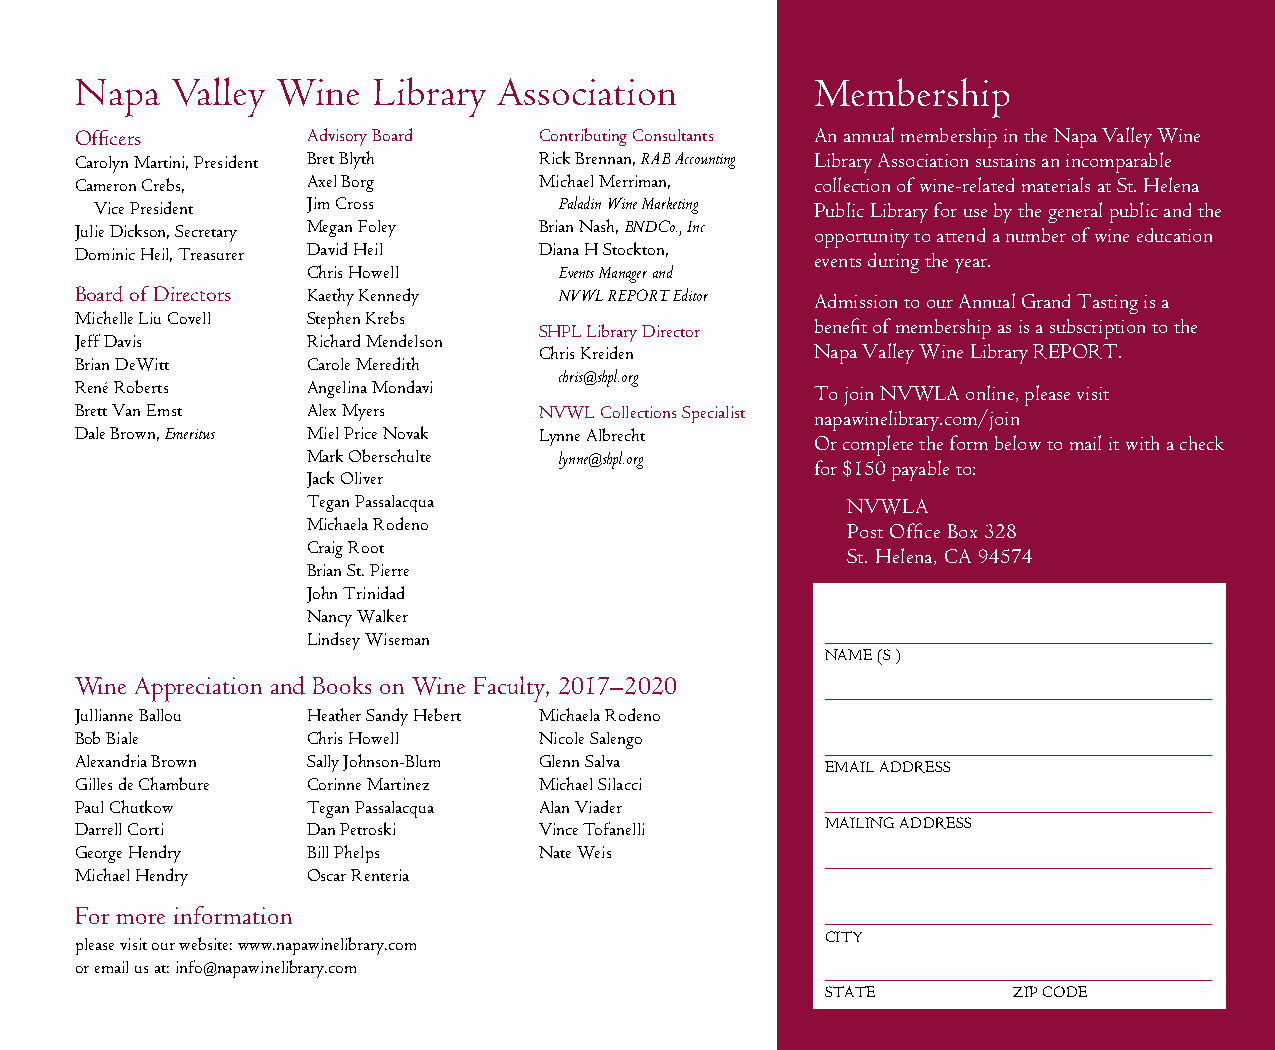
Napa  Valley Wine   Library Association          Membership
 Officers       Advisory Board  Contributing Consultants An annual membership in the Napa Valley Wine
 Carolyn Martini, President Bret Blyth Rick Brennan, RAB Accounting Library Association sustains an incomparable
 Cameron Crebs, Axel Borg       Michael Merriman, collection of wine-related materials at St. Helena
 Vice President Jim Cross       Paladin Wine Marketing Public Library for use by the general public and the
 Julie Dickson, Secretary Megan Foley Brian Nash, BNDCo., Inc opportunity to attend a number of wine education
 Dominic Heil, Treasurer David Heil Diana H Stockton, events during the year.
 Chris Howell     Events Manager and
 Board of Directors Kaethy Kennedy NVWL REPORT Editor Admission to our Annual Grand Tasting is a
 Michelle Liu Covell Stephen Krebs
 SHPL Library Director benefit of membership as is a subscription to the
 Jeff Davis     Richard Mendelson
 Chris Kreiden     Napa Valley Wine Library REPORT.
 Brian DeWitt   Carole Meredith
 chris@shpl.org
 René Roberts   Angelina Mondavi                  To join NVWLA online, please visit
 Brett Van Emst Alex Myers      NVWL Collections Specialist napawinelibrary.com/join
 Dale Brown, Emeritus Miel Price Novak Lynne Albrecht
 Or complete the form below to mail it with a check
 Mark Oberschulte lynne@shpl.org
 for $150 payable to:
 Jack Oliver
 Tegan Passalacqua                   NVWLA
 Michaela Rodeno                     Post Office Box 328
 Craig Root
 St. Helena, CA 94574
 Brian St. Pierre
 John Trinidad
 Nancy Walker
 Lindsey Wiseman
 NAME (S )
 Wine Appreciation and Books on Wine Faculty, 2017–2020
 Jullianne Ballou Heather Sandy Hebert Michaela Rodeno
 Bob Biale      Chris Howell    Nicole Salengo
 Alexandria Brown Sally Johnson-Blum Glenn Salva
 EMAIL ADDRESS
 Gilles de Chambure Corinne Martinez Michael Silacci
 Paul Chutkow   Tegan Passalacqua Alan Viader
 Darrell Corti  Dan Petroski    Vince Tofanelli    MAILING ADDRESS
 George Hendry  Bill Phelps     Nate Weis
 Michael Hendry Oscar Renteria
 For more information
 CITY
 please visit our website: www.napawinelibrary.com
 or email us at: info@napawinelibrary.com
 STATE       ZIP CODE